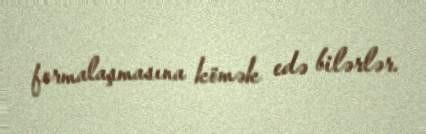
formalaşmasına kömək edə bilərlər.